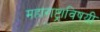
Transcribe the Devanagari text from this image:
महाराष्ट्राविषयी